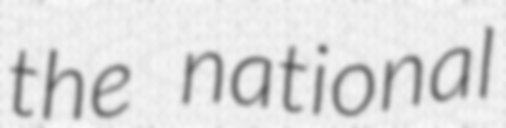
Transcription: the national